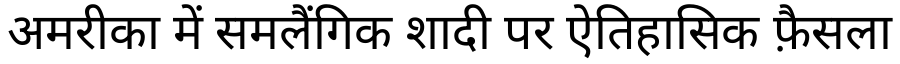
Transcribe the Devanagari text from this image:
अमरीका में समलैंगिक शादी पर ऐतिहासिक फ़ैसला